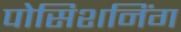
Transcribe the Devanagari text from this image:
पोसिशनिंग